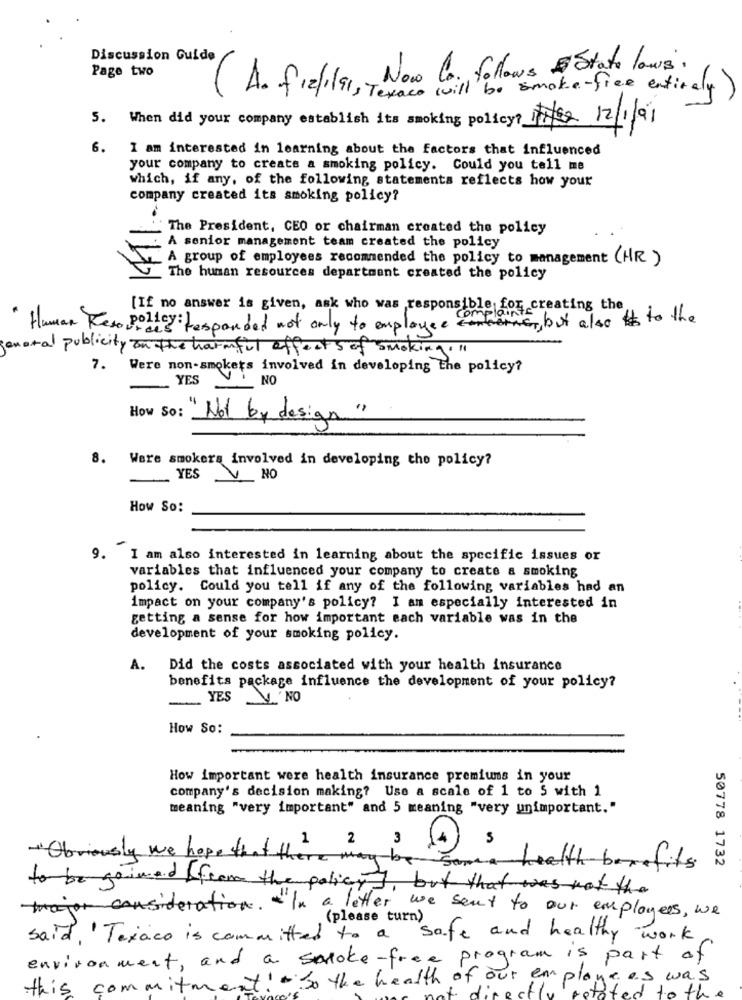
Discussion Guide
Page two
(A. frefilas, Now Co. follows & State laws,
Texaco will be smoke -free entirely )
5.
When did your company establish its smoking policy? Free 12/1/91
6.
I am interested in learning about the factors that influenced
your company to create a smoking policy. Could you tell me
which, if any, of the following statements reflects how your
company created its smoking policy?
11.1 ..
The President, CEO or chairman created the policy
. A senior management team created the policy
A group of employees recommended the policy to management (HR )
The human resources department created the policy
[If no answer is given, ask who was responsible for creating the
" Human Resourdi's responded not only to employee , but also to the
general publicity on the harmful effects of smoking. "
7.
Were non-smokers involved in developing the policy?
YES
NO
"Not by design"
8. Were smokers involved in developing the policy?
~ YES V NO
How So:
9. I am also interested in learning about the specific issues or
variables that influenced your company to create a smoking
policy. Could you tell if any of the following variables had an
impact on your company's policy? I am especially interested in
getting a sense for how important each variable was in the
development of your smoking policy.
A.
Did the costs associated with your health insurance
benefits package influence the development of your policy?
YES NO
How So:
How important were health insurance premiums in your
company's decision making? Use a scale of 1 to 5 with 1
meaning "very important" and 5 meaning "very unimportant."
2
3
S
1
Obviously we hopes
maybe
50778 1732
Health benefits
to be gained from the policy but that was not the
consideration. " In a letter we sent to our employees, we
(please turn)
said, ' Texaco is committed to a safe and healthy work
environment , and a smoke-free program is part of
It! - So the health of our employees was
this commitmer
sted to the